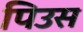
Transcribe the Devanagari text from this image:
पिउस